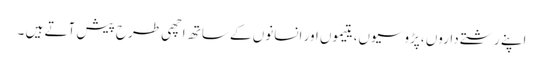
اپنے رشتے داروں ،پڑوسیوں، یتیموں اور انسانوں کے ساتھ اچھی طرح پیش آتے ہیں ۔